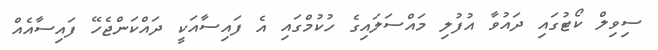
ސިވިލް ކޯޓުގައި ދައުވާ އުފުލި މައްސަލައިގެ ހުކުމްގައި އެ ފައިސާއަކީ ދައްކަންޖެހޭ ފައިސާއެއް